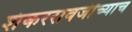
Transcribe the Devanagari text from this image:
शंकररावजींच्याच